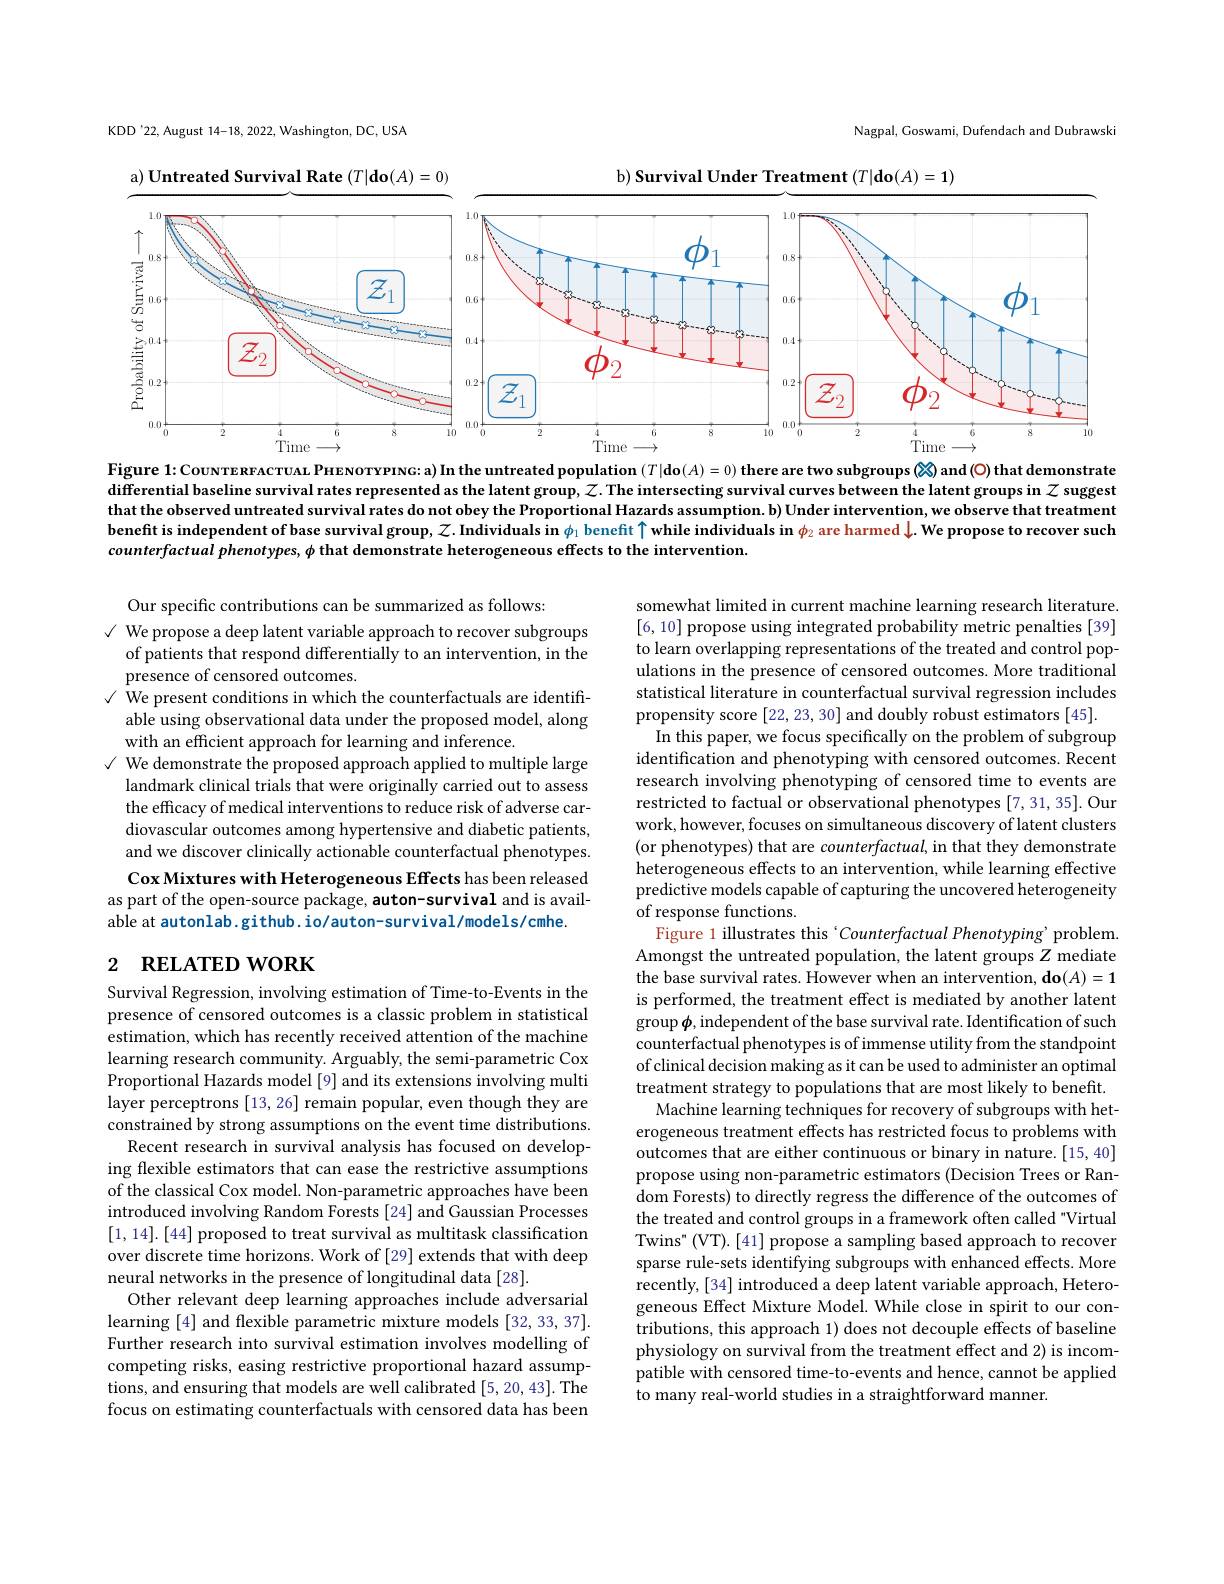
KDD'22, August 14-18, 2022, Washington, DC, USA

Nagpal, Goswami, Dufendach and Dubrawski

a) Untreated Survival Rate $(T|\mathbf{do}(A)=0)$
b) Survival Under Treatment $(T|\mathbf{do}(A)=\mathbf{1})$
<FigureHere>

Figure 1: Covvvre RFAcruaL PнENOTYPING: a) In the untreated population $(T|\mathbf{do}(A)=0)$ there are two subgroups $\textcircled{\otimes}$ and (O) that demonstrate differential baseline survival rates represented as the latent group, $\mathcal{Z}.$ The intersecting survival curves between the latent groups in $\mathcal{Z}$ suggest that the observed untreated survival rates do not obey the Proportional Hazards assumption. b) Under intervention, we observe that treatment benefit is independent of base survival group, $\mathcal{Z} . \textbf{Individualsin }\phi _1$ benefit $\uparrow \textbf{while individuals in }\phi _2$ are harmed $\downarrow.$ We propose to recover such counterfactual phenotypes, $\phi$ that demonstrate heterogeneous effects to the intervention.

Our specific contributions can be summarized as follows:
$\checkmark$ We propose a deep latent variable approach to recover subgroups
of patients that respond differentially to an intervention, in the
presence of censored outcomes.
√ We present conditions in which the counterfactuals are identiff-
able using observational data under the proposed model, along
with an efficient approach for learning and inference.
√ We demonstrate the proposed approach applied to multiple large
landmark clinical trials that were originally carried out to assess the efficacy of medical interventions to reduce risk of adverse cardiovascular outcomes among hypertensive and diabetic patients, and we discover clinically actionable counterfactual phenotypes. Cox Mixtures with Heterogeneous Effects has been released
as part of the open-source package, auton-survival and is avail-
able at autonlab.github. io/auton-survival/models/cmhe.

# 2 RELATED WORK

somewhat limited in current machine learning research literature. [6,10] propose using integrated probability metric penalties [39] to learn overlapping representations of the treated and control populations in the presence of censored outcomes. More traditional statistical literature in counterfactual survival regression includes propensity score [22,23,30] and doubly robust estimators [45].
In this paper, we focus specifically on the problem of subgroup identification and phenotyping with censored outcomes. Recent research involving phenotyping of censored time to events are restricted to factual or observational phenotypes [7,31,35]. Our work, however, focuses on simultaneous discovery of latent clusters (or phenotypes) that are counterfactual, in that they demonstrate heterogeneous effects to an intervention, while learning effective predictive models capable of capturing the uncovered heterogeneity of response functions.
Figure 1 illustrates this ‘Counterfactual Phenotyping’ problem. Amongst the untreated population, the latent groups $Z$ mediate the base survival rates. However when an intervention, do$(A)=1$ is performed, the treatment effect is mediated by another latent group $\phi$,independent of the base survival rate. Identification of such counterfactual phenotypes is of immense utility from the standpoint of clinical decision making as it can be used to administer an optimal treatment strategy to populations that are most likely to benefit.
Machine learning techniques for recovery of subgroups with heterogeneous treatment effects has restricted focus to problems with outcomes that are either continuous or binary in nature. [15, 40] propose using non-parametric estimators (Decision Trees or Random Forests) to directly regress the difference of the outcomes of the treated and control groups in a framework often called "Virtual Twins" (VT).[41] propose a sampling based approach to recover sparse rule-sets identifying subgroups with enhanced effects. More recently, [34] introduced a deep latent variable approach, Heterogeneous Effect Mixture Model. While close in spirit to our contributions, this approach 1) does not decouple effects of baseline physiology on survival from the treatment effect and 2) is incompatible with censored time-to-events and hence, cannot be applied to many real-world studies in a straightforward manner.

Survival Regression, involving estimation of Time-to-Events in the presence of censored outcomes is a classic problem in statistical estimation, which has recently received attention of the machine learning research community. Arguably, the semi-parametric Cox Proportional Hazards model [9] and its extensions involving multi layer perceptrons [13, 26] remain popular, even though they are constrained by strong assumptions on the event time distributions.
Recent research in survival analysis has focused on developing flexible estimators that can ease the restrictive assumptions of the classical Cox model. Non-parametric approaches have been introduced involving Random Forests [24] and Gaussian Processes [1,14].[44] proposed to treat survival as multitask classification over discrete time horizons. Work of [29] extends that with deep neural networks in the presence of longitudinal data [28].
Other relevant deep learning approaches include adversarial learning [4] and flexible parametric mixture models [32, 33, 37]. Further research into survival estimation involves modelling of competing risks, easing restrictive proportional hazard assumptions, and ensuring that models are well calibrated [5,20,43]. The focus on estimating counterfactuals with censored data has been